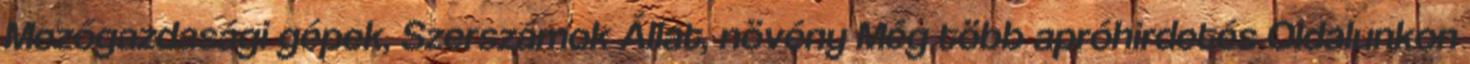
Mezőgazdasági gépek, Szerszámok Állat, növény Még több apróhirdetés Oldalunkon